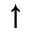
\uparrow